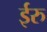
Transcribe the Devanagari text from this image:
ईरु